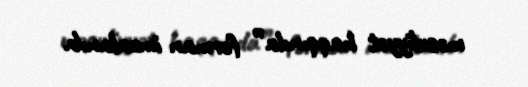
məsuliyyət haqqında” fərman imzalanıb.